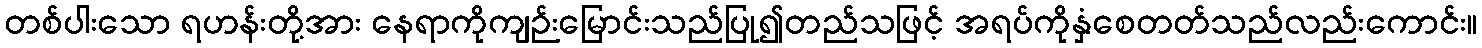
တစ်ပါးသော ရဟန်းတို့အား နေရာကိုကျဉ်းမြောင်းသည်ပြု၍တည်သဖြင့် အရပ်ကိုနှံစေတတ်သည်လည်းကောင်း။